Leprosy in India: report of the Leprosy Commission in India, 1890-91
Year: 1890
Disease focus: Leprosy
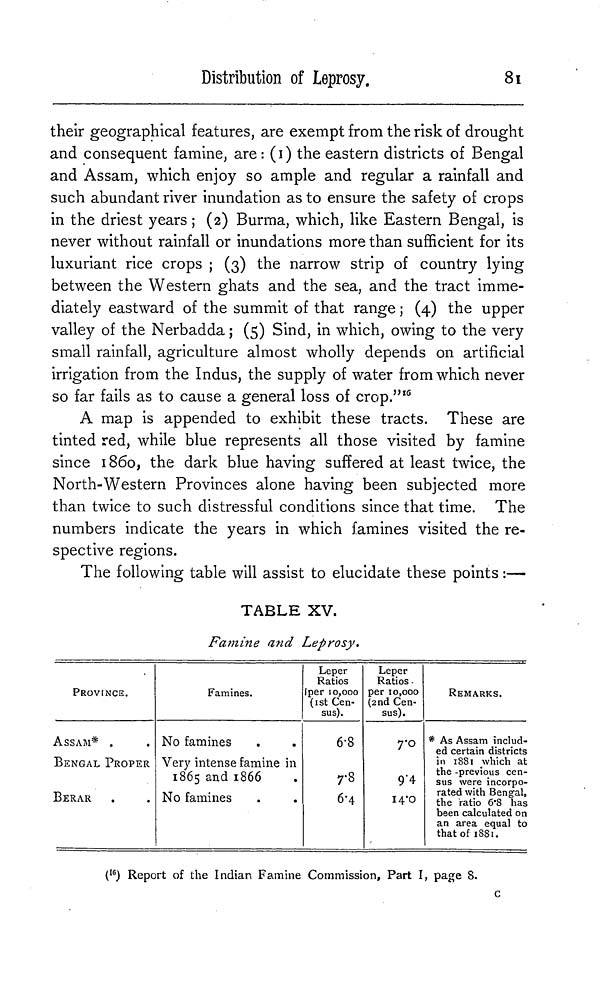
8Ï
Distribution of Leprosy.
their geographical features, are exempt from the risk of drought
and consequent famine, are : (1) the eastern districts of Bengal
and Assam, which enjoy so ample and regular a rainfall and
such abundant river inundation as to ensure the safety of crops
in the driest years ; (2) Burma, which, like Eastern Bengal, is
never without rainfall or inundations more than sufficient for its
luxuriant rice crops ; (3) the narrow strip of country lying
between the Western ghats and the sea, and the tract imme-
diately eastward of the summit of that range ; (4) the upper
valley of the Nerbadda ; (5) Sind, in which, owing to the very
small rainfall, agriculture almost wholly depends on artificial
irrigation from the Indus, the supply of water from which never
so far fails as to cause a general loss of crop." 16
A map is appended to exhibit these tracts. These are
tinted red, while blue represents all those visited by famine
since 1860, the dark blue having suffered at least twice, the
North-Western Provinces alone having been subjected more
than twice to such distressful conditions since that time. The
numbers indicate the years in which famines visited the re-
spective regions.
The following table will assist to elucidate these points :—
TABLE XV.
Famine and Leprosy.
PROVINCE.
ASSAM* .
BENGAL PROPER
BERAR
Famines.
No famines
Very intense famine in
1865 and 1866
No famines
Leper
Ratios
¡per 10,000
(1st Cen-
sus).
6.8
7.8
6.4
Leper
Ratios.
per 10,000
(2nd Cen-
sus).
7.0
9.4
I4.0
REMARKS.
* As Assam includ-
ed certain districts
in 1881 which at
the -previous cen-
sus were incorpo-
rated with Bengal,
the ratio .6.8 has
been calculated on
an area equal to
that of 1881.
( 16 ) Report of the Indian Famine Commission, Part I, page 8.
c